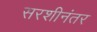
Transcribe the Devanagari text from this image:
सरशीनंतर